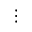
\vdots